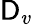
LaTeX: \mathsf{D}_{v}